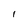
Character: I